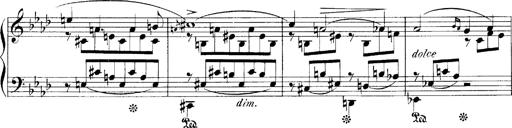
Title: LiebestrÃ¤ume
Composer: Franz Behr
Key: E-flat major